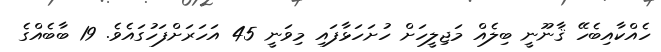
ހެއްކާއިބެހޭ ޤާނޫނީ ބިލެއް މަޖިލީހަށް ހުށަހަޅާފައި މިވަނީ 45 އަހަރަށްފަހުގައެވެ. 19 ބާބެއްގެ